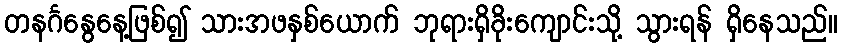
တနင်္ဂနွေနေ့ဖြစ်၍ သားအဖနှစ်ယောက် ဘုရားရှိခိုးကျောင်းသို့ သွားရန် ရှိနေသည်။